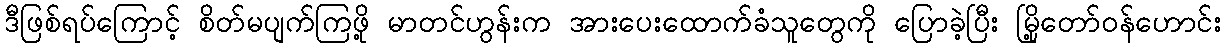
ဒီဖြစ်ရပ်ကြောင့် စိတ်မပျက်ကြဖို့ မာတင်ဟွန်းက အားပေးထောက်ခံသူတွေကို ပြောခဲ့ပြီး မြို့တော်ဝန်ဟောင်း